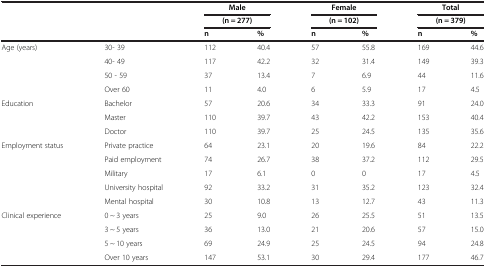
| <ROWSPAN=2>  | <ROWSPAN=2>  | <COLSPAN=2> Male | <COLSPAN=2> Female | <COLSPAN=2> Total |
 | <COLSPAN=2> (n = 277) | <COLSPAN=2> (n = 102) | <COLSPAN=2> (n = 379) |
 |  |  | n | % | n | % | n | % |
 | --- | --- | --- | --- | --- | --- | --- | --- |
 | Age (years) | 30- 39 | 112 | 40.4 | 57 | 55.8 | 169 | 44.6 |
 |  | 40- 49 | 117 | 42.2 | 32 | 31.4 | 149 | 39.3 |
 |  | 50 - 59 | 37 | 13.4 | 7 | 6.9 | 44 | 11.6 |
 |  | Over 60 | 11 | 4.0 | 6 | 5.9 | 17 | 4.5 |
 | Education | Bachelor | 57 | 20.6 | 34 | 33.3 | 91 | 24.0 |
 |  | Master | 110 | 39.7 | 43 | 42.2 | 153 | 40.4 |
 |  | Doctor | 110 | 39.7 | 25 | 24.5 | 135 | 35.6 |
 | <ROWSPAN=5> Employment status | Private practice | 64 | 23.1 | 20 | 19.6 | 84 | 22.2 |
 | Paid employment | 74 | 26.7 | 38 | 37.2 | 112 | 29.5 |
 | Military | 17 | 6.1 | 0 | 0 | 17 | 4.5 |
 | University hospital | 92 | 33.2 | 31 | 35.2 | 123 | 32.4 |
 | Mental hospital | 30 | 10.8 | 13 | 12.7 | 43 | 11.3 |
 | <ROWSPAN=3> Clinical experience | 0 ~ 3 years | 25 | 9.0 | 26 | 25.5 | 51 | 13.5 |
 | 3 ~ 5 years | 36 | 13.0 | 21 | 20.6 | 57 | 15.0 |
 | 5 ~ 10 years | 69 | 24.9 | 25 | 24.5 | 94 | 24.8 |
 |  | Over 10 years | 147 | 53.1 | 30 | 29.4 | 177 | 46.7 |